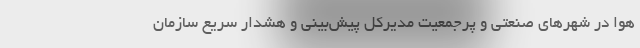
هوا در شهرهای صنعتی و پرجمعیت مدیرکل پیش‌بینی و هشدار سریع سازمان